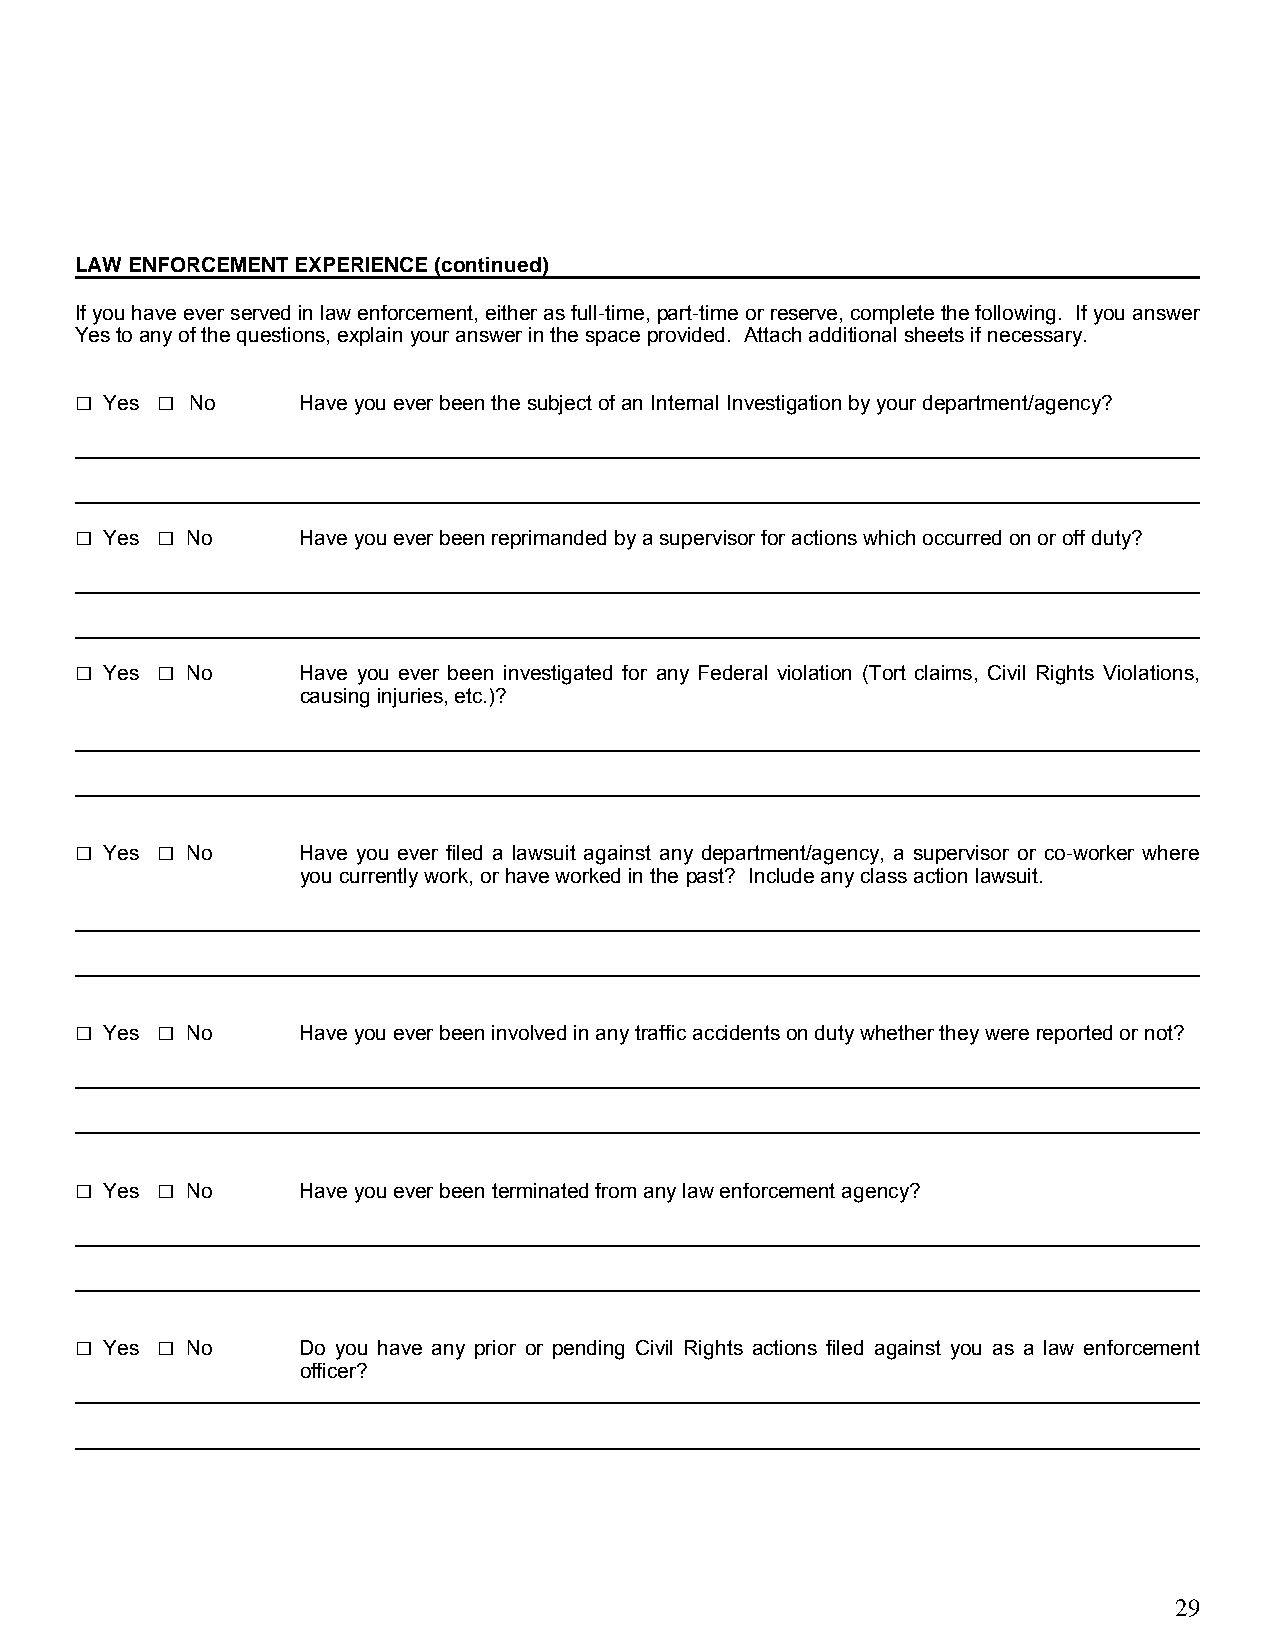
LAW ENFORCEMENT EXPERIENCE (continued)
 If you have ever served in law enforcement, either as full-time, part-time or reserve, complete the following. If you answer
 Yes to any of the questions, explain your answer in the space provided. Attach additional sheets if necessary.
 □    □
 Yes   No     Have you ever been the subject of an Internal Investigation by your department/agency?
 _________________________________________________________________________________________________
 _________________________________________________________________________________________________
 □    □
 Yes  No      Have you ever been reprimanded by a supervisor for actions which occurred on or off duty?
 _________________________________________________________________________________________________
 _________________________________________________________________________________________________
 □    □
 Yes  No      Have you ever been investigated for any Federal violation (Tort claims, Civil Rights Violations,
 causing injuries, etc.)?
 _________________________________________________________________________________________________
 _________________________________________________________________________________________________
 □    □
 Yes  No      Have you ever filed a lawsuit against any department/agency, a supervisor or co-worker where
 you currently work, or have worked in the past? Include any class action lawsuit.
 _________________________________________________________________________________________________
 _________________________________________________________________________________________________
 □    □
 Yes  No      Have you ever been involved in any traffic accidents on duty whether they were reported or not?
 _________________________________________________________________________________________________
 _________________________________________________________________________________________________
 □    □
 Yes  No      Have you ever been terminated from any law enforcement agency?
 _________________________________________________________________________________________________
 _________________________________________________________________________________________________
 □    □
 Yes  No      Do you have any prior or pending Civil Rights actions filed against you as a law enforcement
 officer?
 _________________________________________________________________________________________________
 _________________________________________________________________________________________________
 29